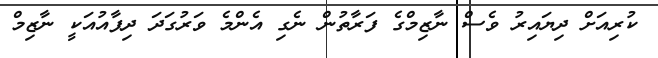
ކުރިއަށް ދިޔައިރު ވެސް ނާޒިމްގެ ފަރާތުން ނެގި އެންމެ ވަރުގަދަ ދިފާއުއަކީ ނާޒިމް